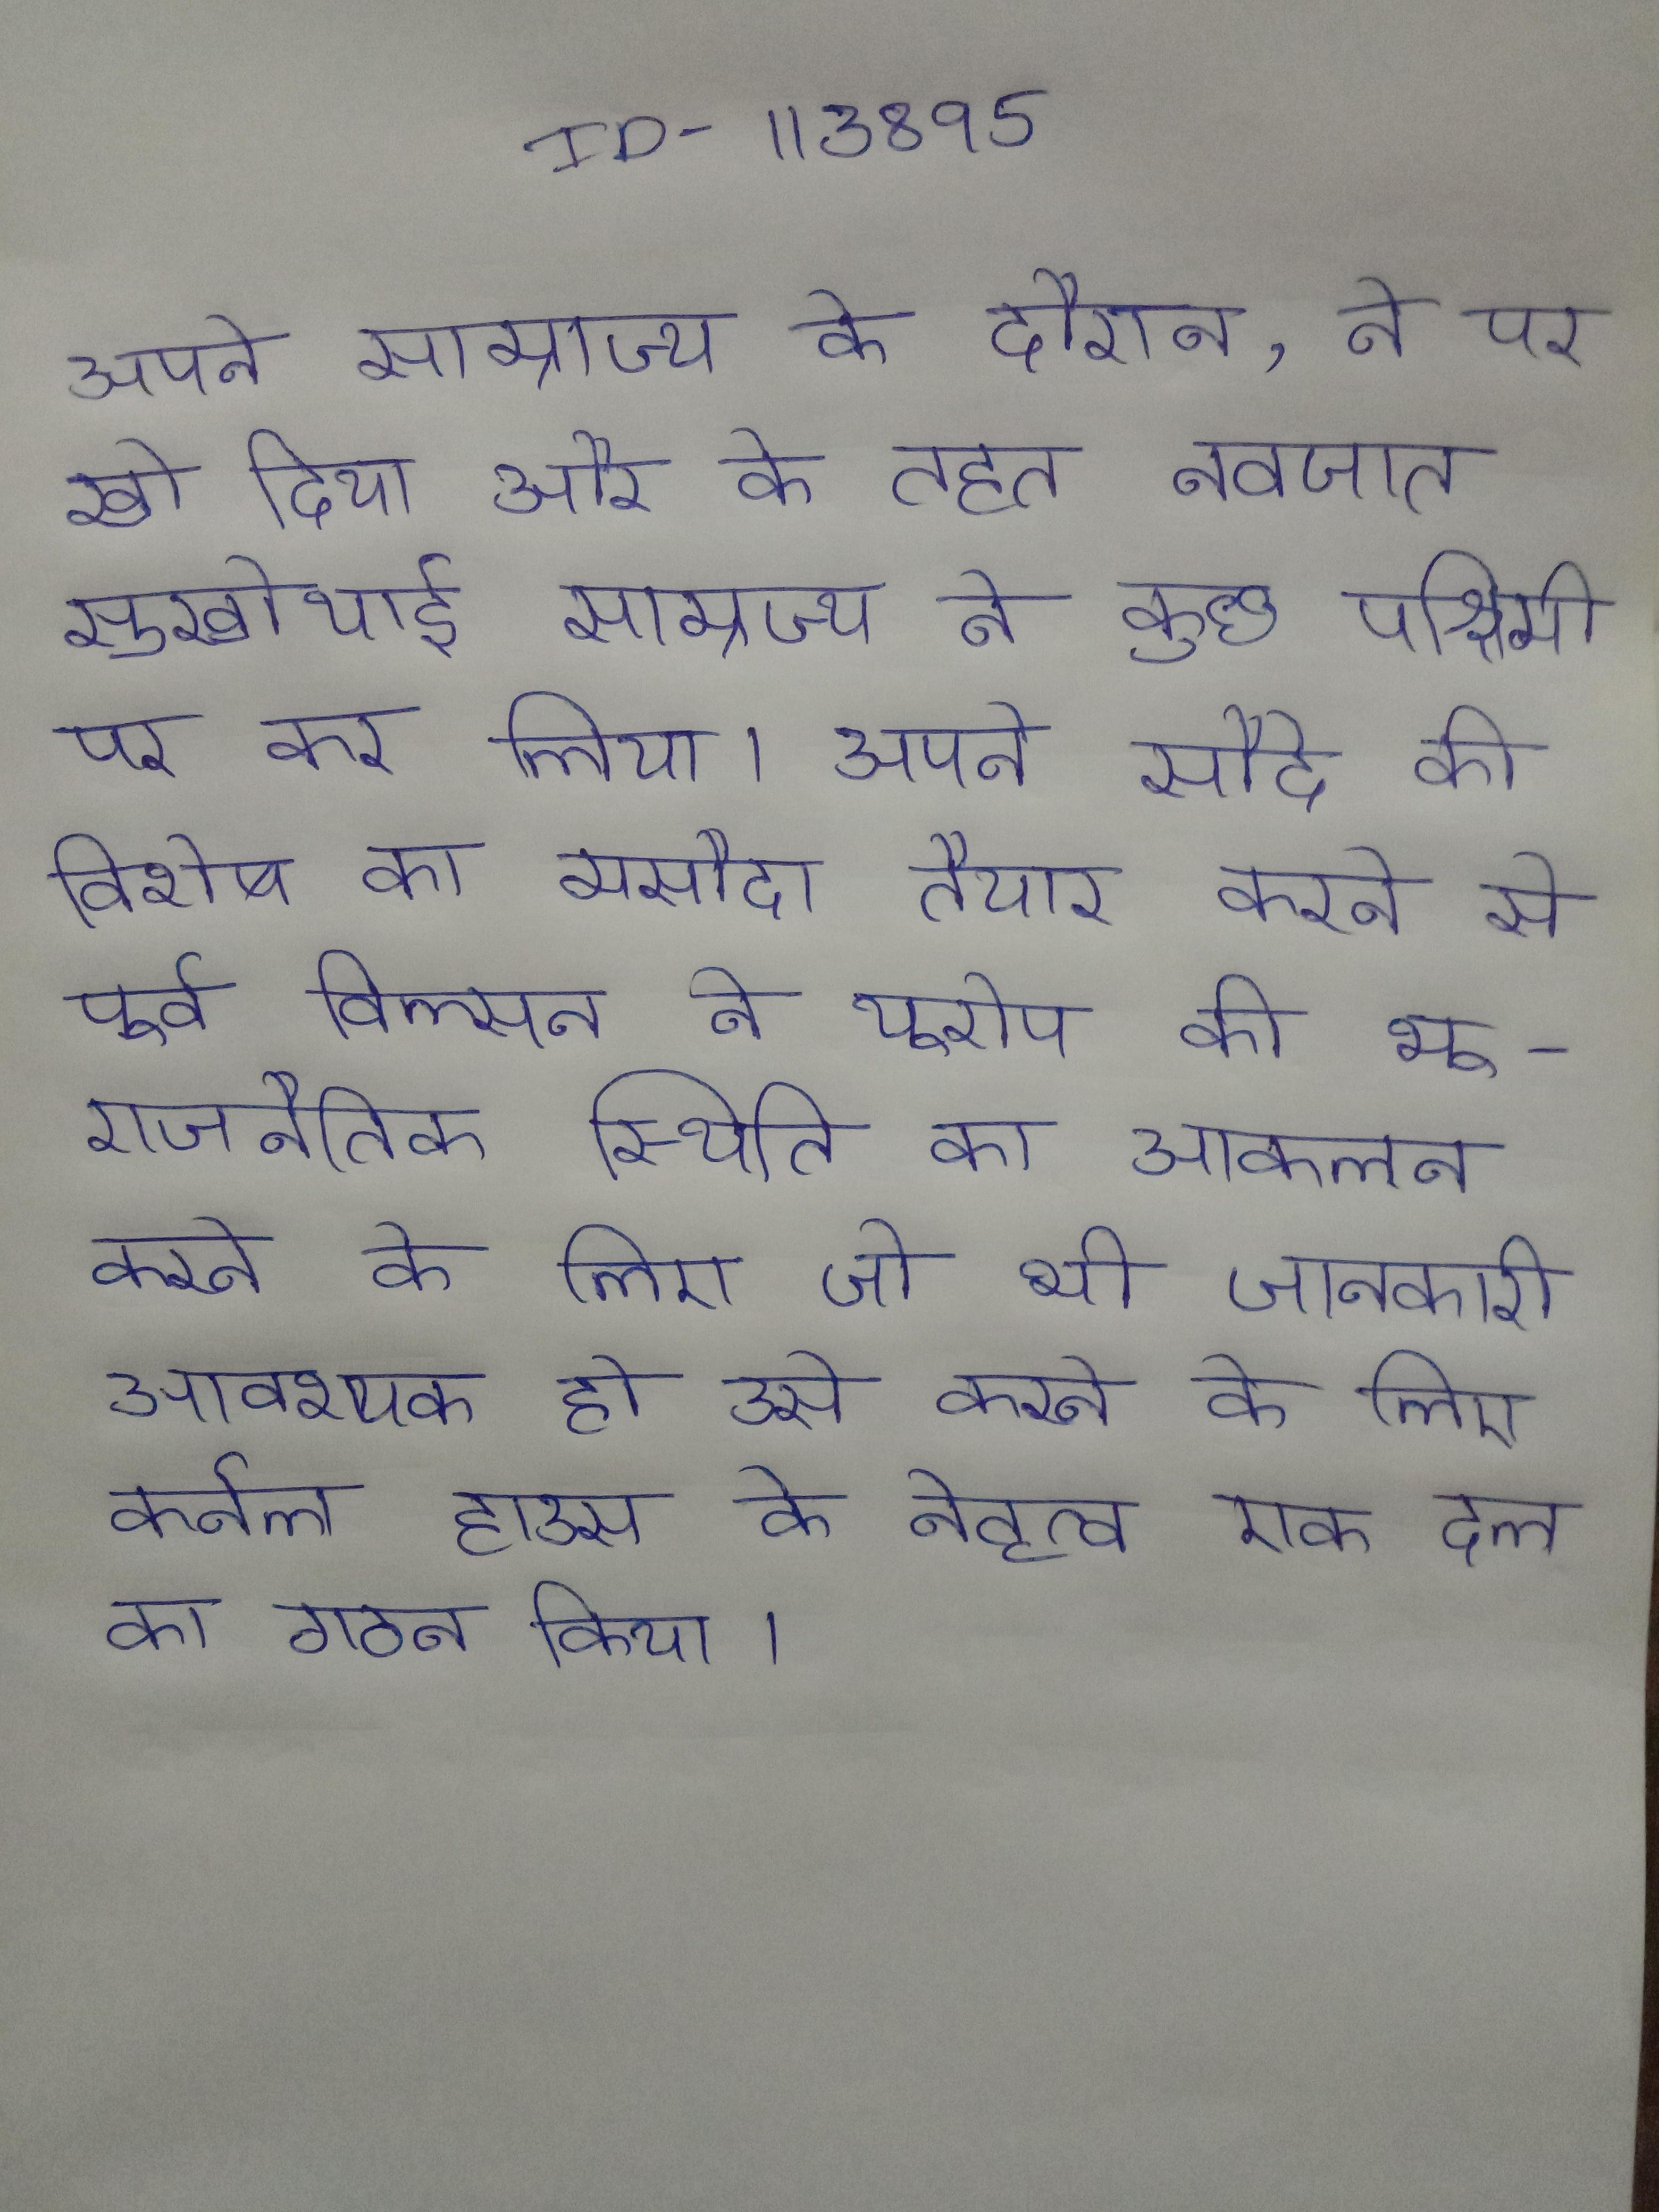
अपने साम्राज्य के दौरान, ने पर खो दिया और के तहत नवजात सुखोथाई साम्राज्य ने कुछ पश्चिमी पर कर लिया । अपने सौदे की विशेष का मसौदा तैयार करने से पूर्व विल्सन ने यूरोप की भू-राजनैतिक स्थिति का आकलन करने के लिए जो भी जानकारी आवश्यक हो उसे करने के लिए कर्नल हाउस के नेतृत्व एक दल का गठन किया ।